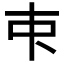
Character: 𬺿